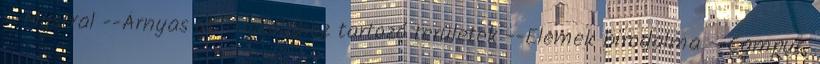
--Mystral --Árnyas út --Iskolához tartozó területek --Elemek birodalma --Campus,